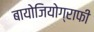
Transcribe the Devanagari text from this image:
बायोजियोग्राफी